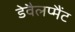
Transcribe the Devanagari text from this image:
डेवैलप्मैंट